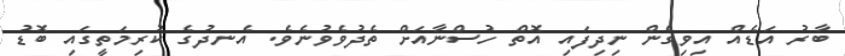
ބާރު އަޑެއް އިވިގެން ނިދިފައި އޮތް ހުސްނާއަށް ތެދުވެވުނެވެ. އެނދުގެ ކުރިމަތީގައި ބޮޑު